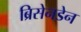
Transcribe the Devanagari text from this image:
ब्रिसेनडेन